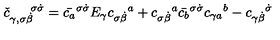
{ \check { c } } _ { \gamma , \sigma \dot { \beta } } ^ { \enspace \enspace \enspace \sigma \dot { \sigma } } = \bar { c _ { a } } ^ { \sigma \dot { \sigma } } E _ { \gamma } { c _ { \sigma \dot { \beta } } } ^ { a } + { c _ { \sigma \dot { \beta } } } ^ { a } \bar { c _ { b } } ^ { \sigma \dot { \sigma } } { c _ { \gamma a } } ^ { b } - { c _ { \gamma \dot { \beta } } } ^ { \dot { \sigma } }